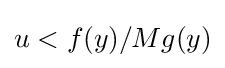
{\textstyle u<f(y)/Mg(y)}